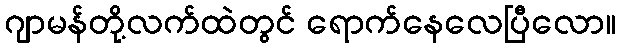
ဂျာမန်တို့လက်ထဲတွင် ရောက်နေလေပြီလော။